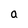
Character: a